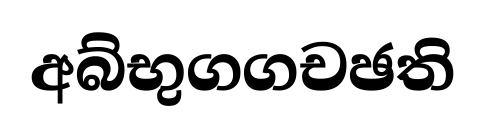
අබ්භුගගචඡති